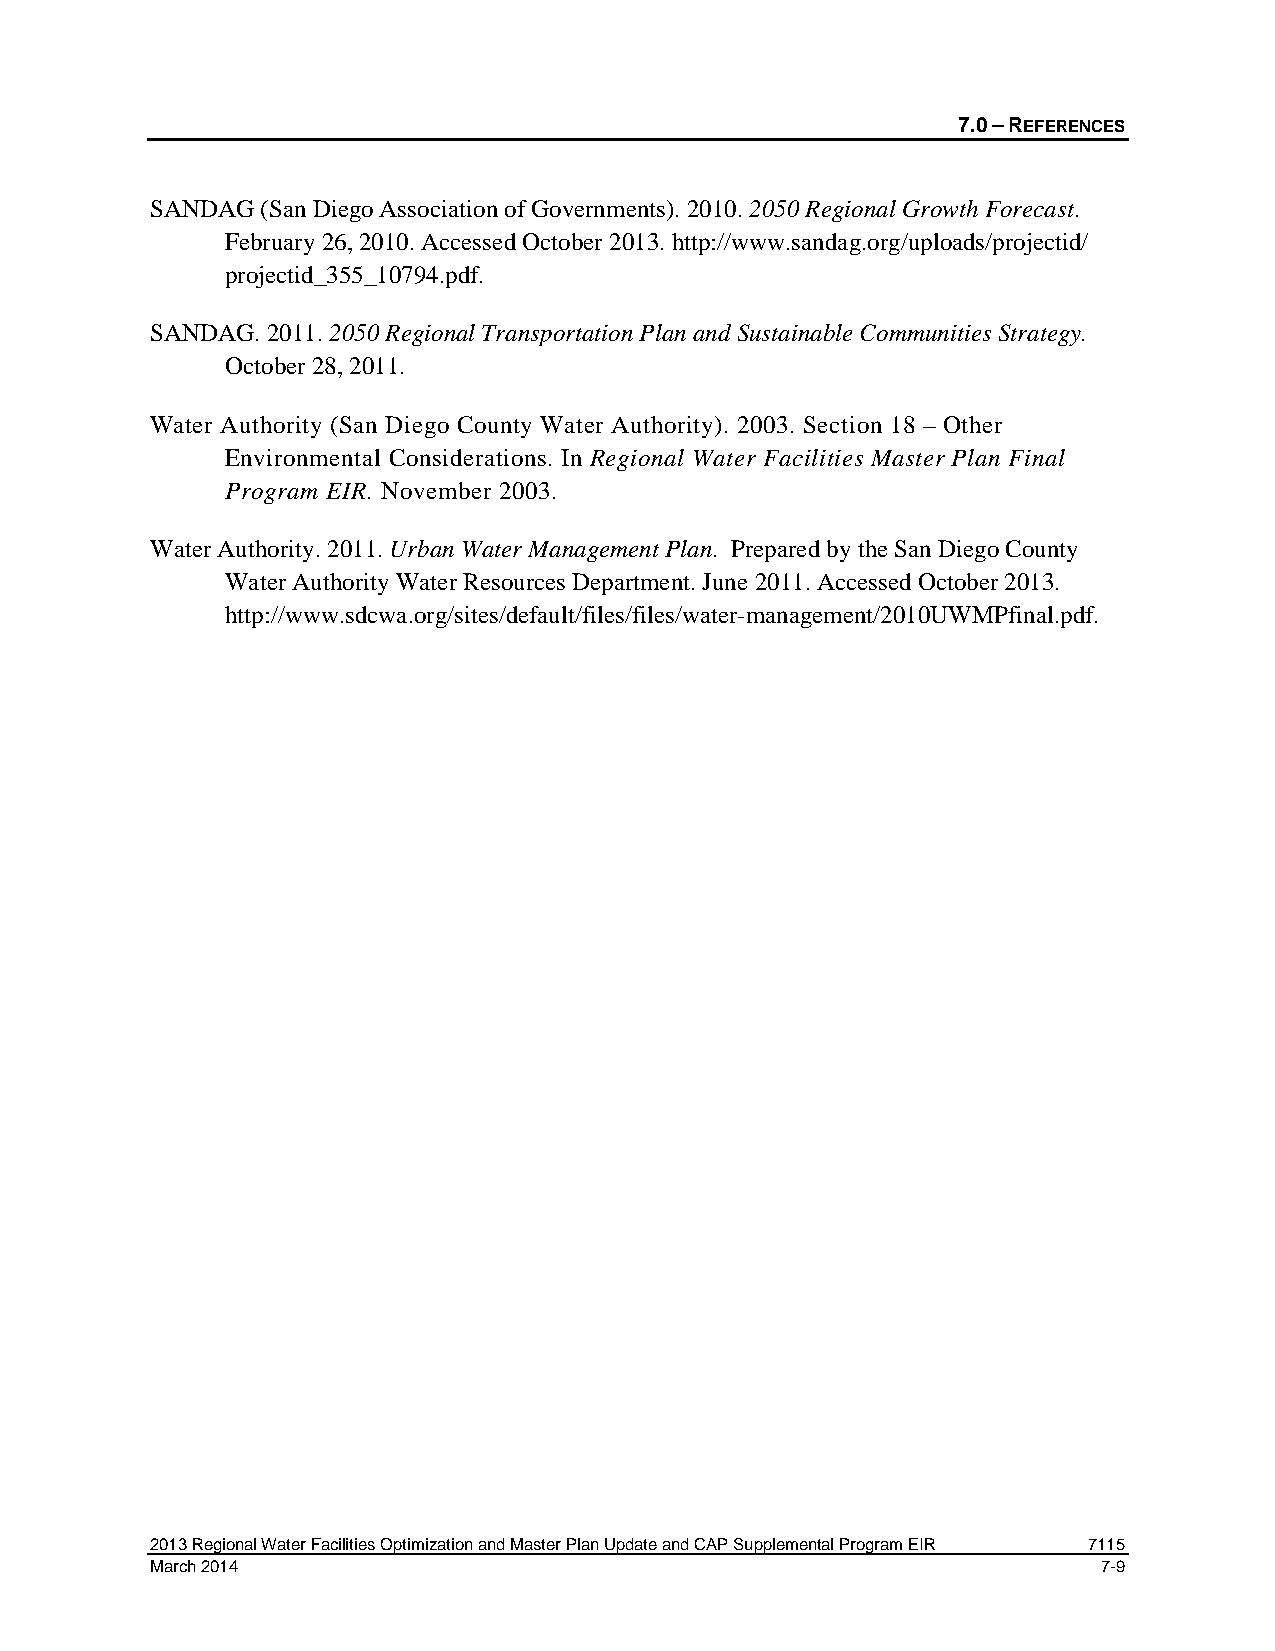
7.0 – REFERENCES
 SANDAG (San Diego Association of Governments). 2010. 2050 Regional Growth Forecast.
 February 26, 2010. Accessed October 2013. http://www.sandag.org/uploads/projectid/
 projectid_355_10794.pdf.
 SANDAG. 2011. 2050 Regional Transportation Plan and Sustainable Communities Strategy.
 October 28, 2011.
 Water Authority (San Diego County Water Authority). 2003. Section 18 – Other
 Environmental Considerations. In Regional Water Facilities Master Plan Final
 Program EIR. November 2003.
 Water Authority. 2011. Urban Water Management Plan. Prepared by the San Diego County
 Water Authority Water Resources Department. June 2011. Accessed October 2013.
 http://www.sdcwa.org/sites/default/files/files/water-management/2010UWMPfinal.pdf.
 2013 Regional Water Facilities Optimization and Master Plan Update and CAP Supplemental Program EIR 7115
 March 2014                                                     7-9